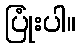
ပြုံးပါ။